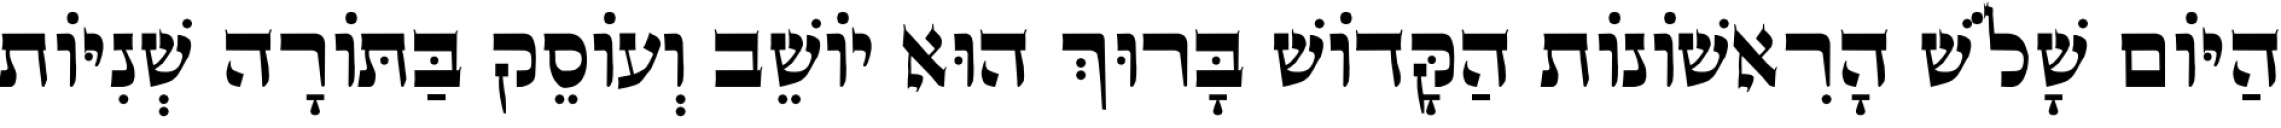
הַיּוֹם שָׁלֹשׁ הָרִאשׁוֹנוֹת הַקָּדוֹשׁ בָּרוּךְ הוּא יוֹשֵׁב וְעוֹסֵק בַּתּוֹרָה שְׁנִיּוֹת